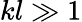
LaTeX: kl\gg 1